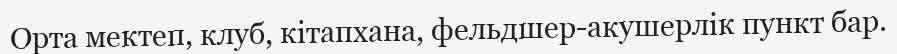
Орта мектеп, клуб, кітапхана, фельдшер-акушерлік пункт бар.